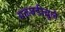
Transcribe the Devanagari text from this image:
मळवडीवुले